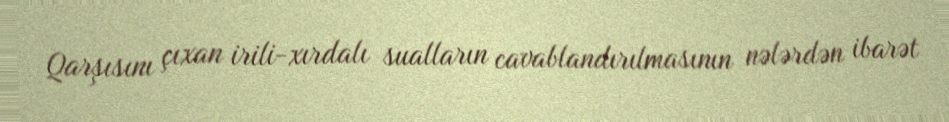
Qarşısını çıxan irili-xırdalı sualların cavablandırılmasının nələrdən ibarət